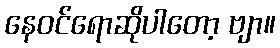
နေဝင်ရောဆိုပါတော့ ဗျာ။